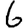
Digit: 6